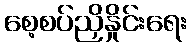
စေ့စပ်ညှိနှိုင်းရေး